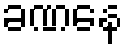
ခဏနေ